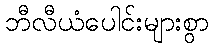
ဘီလီယံပေါင်းများစွာ